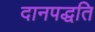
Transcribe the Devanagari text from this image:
दानपद्धति